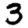
Digit: 3